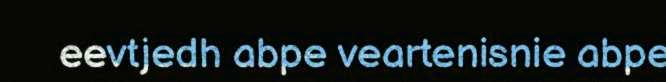
eevtjedh abpe veartenisnie abpe